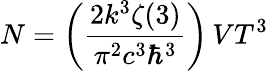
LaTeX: N=\left({\frac{2k^{3}\zeta(3)}{\pi^{2}c^{3}\hbar^{3}}}\right)\, VT^{3}